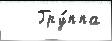
   Гру́ппа